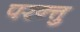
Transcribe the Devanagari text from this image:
परन्त्तु